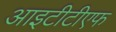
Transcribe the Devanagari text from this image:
आइटीटीएफ